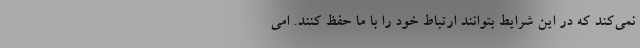
نمی‌کند که در این شرایط بتوانند ارتباط خود را با ما حفظ کنند. امی